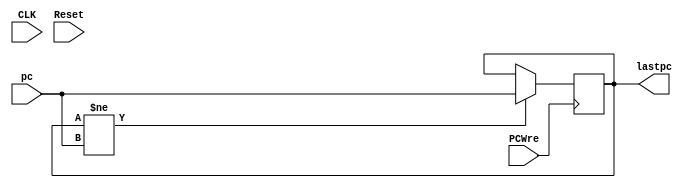
`timescale 1ns / 1ps
//////////////////////////////////////////////////////////////////////////////////
// Company: 
// Engineer: 
// 
// Design Name: 
// Module Name: lastPC
// Project Name: 
// Target Devices: 
// Tool Versions: 
// Description: 
// 
// Dependencies: 
// 
// Revision:
// Revision 0.01 - File Created
// Additional Comments:
// 
//////////////////////////////////////////////////////////////////////////////////


module lastPC(
    input CLK, Reset, PCWre, 
    input [31:0] pc,
    output reg [31:0] lastpc
    );  
    initial begin 
        lastpc = 0;
    end
    
    always @(posedge PCWre) begin
        if(lastpc != pc) begin
            lastpc = pc;
        end
    end
endmodule